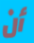
أن